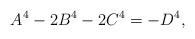
LaTeX: \begin{align*}A^4-2B^4-2C^4=-D^4,\end{align*}